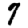
Digit: 7